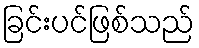
ခြင်းပင်ဖြစ်သည်